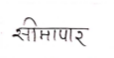
मजकूर: सीमापार